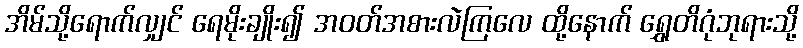
အိမ်သို့ရောက်လျှင် ရေမိုးချိုး၍ အဝတ်အစားလဲကြလေ ထို့နောက် ရွှေတိဂုံဘုရားသို့